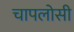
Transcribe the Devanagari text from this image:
चापलोसी